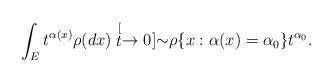
LaTeX: \begin{align*} \int_E t^{\alpha(x)} \rho(dx) \stackrel[t\to 0]{}{\sim} \rho\{x:\alpha(x) = \alpha_0\} t^{\alpha_0}. \end{align*}